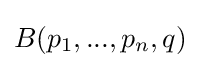
B(p_{1},...,p_{n},q)